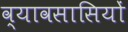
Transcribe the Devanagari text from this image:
व्यावसासियों